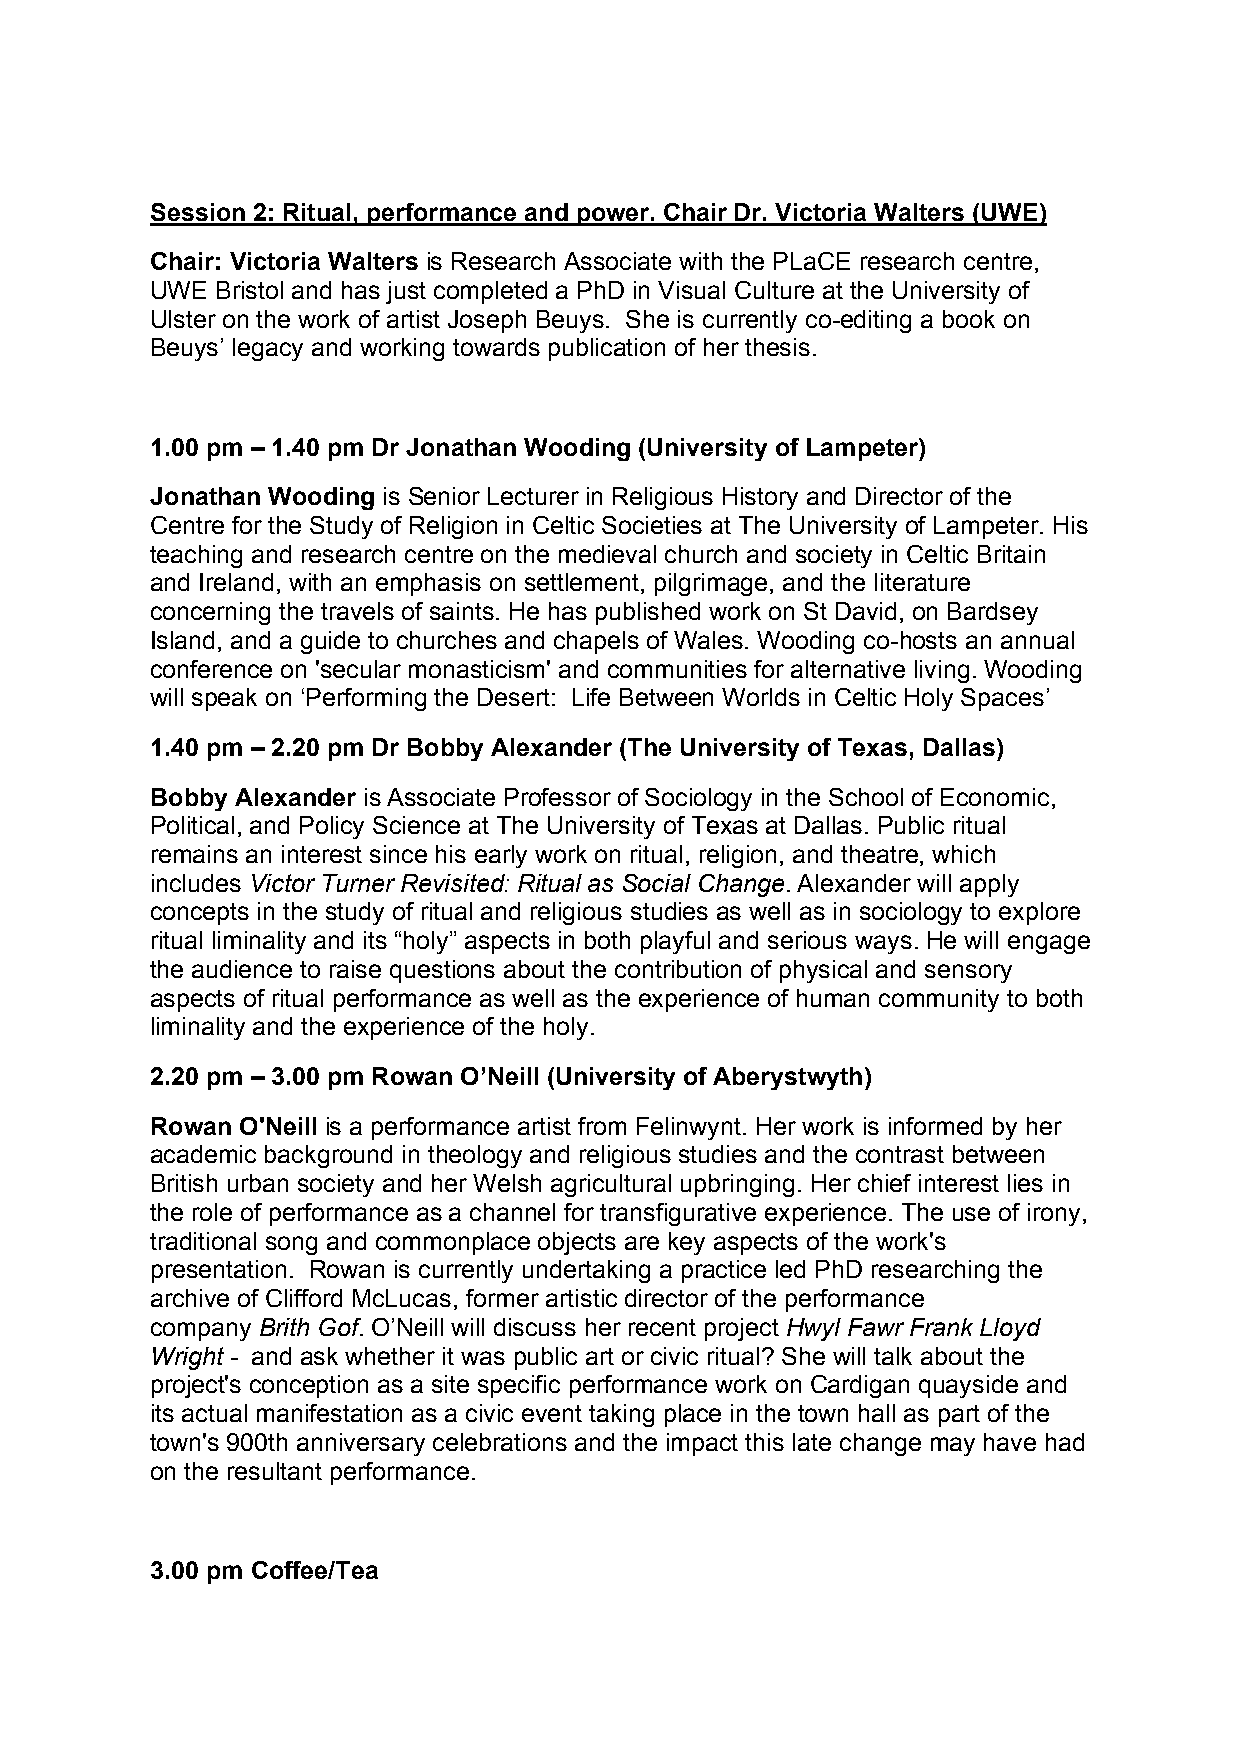
Session 2: Ritual, performance and power. Chair Dr. Victoria Walters (UWE)
 Chair: Victoria Walters is Research Associate with the PLaCE research centre,
 UWE Bristol and has just completed a PhD in Visual Culture at the University of
 Ulster on the work of artist Joseph Beuys. She is currently co-editing a book on
 Beuys’ legacy and working towards publication of her thesis.
 1.00 pm – 1.40 pm Dr Jonathan Wooding (University of Lampeter)
 Jonathan Wooding is Senior Lecturer in Religious History and Director of the
 Centre for the Study of Religion in Celtic Societies at The University of Lampeter. His
 teaching and research centre on the medieval church and society in Celtic Britain
 and Ireland, with an emphasis on settlement, pilgrimage, and the literature
 concerning the travels of saints. He has published work on St David, on Bardsey
 Island, and a guide to churches and chapels of Wales. Wooding co-hosts an annual
 conference on 'secular monasticism' and communities for alternative living. Wooding
 will speak on ‘Performing the Desert: Life Between Worlds in Celtic Holy Spaces’
 1.40 pm – 2.20 pm Dr Bobby Alexander (The University of Texas, Dallas)
 Bobby Alexander is Associate Professor of Sociology in the School of Economic,
 Political, and Policy Science at The University of Texas at Dallas. Public ritual
 remains an interest since his early work on ritual, religion, and theatre, which
 includes Victor Turner Revisited: Ritual as Social Change. Alexander will apply
 concepts in the study of ritual and religious studies as well as in sociology to explore
 ritual liminality and its “holy” aspects in both playful and serious ways. He will engage
 the audience to raise questions about the contribution of physical and sensory
 aspects of ritual performance as well as the experience of human community to both
 liminality and the experience of the holy.
 2.20 pm – 3.00 pm Rowan O’Neill (University of Aberystwyth)
 Rowan O'Neill is a performance artist from Felinwynt. Her work is informed by her
 academic background in theology and religious studies and the contrast between
 British urban society and her Welsh agricultural upbringing. Her chief interest lies in
 the role of performance as a channel for transfigurative experience. The use of irony,
 traditional song and commonplace objects are key aspects of the work's
 presentation. Rowan is currently undertaking a practice led PhD researching the
 archive of Clifford McLucas, former artistic director of the performance
 company Brith Gof. O’Neill will discuss her recent project Hwyl Fawr Frank Lloyd
 Wright - and ask whether it was public art or civic ritual? She will talk about the
 project's conception as a site specific performance work on Cardigan quayside and
 its actual manifestation as a civic event taking place in the town hall as part of the
 town's 900th anniversary celebrations and the impact this late change may have had
 on the resultant performance.
 3.00 pm Coffee/Tea